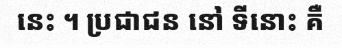
នេះ ។ ប្រជាជន នៅ ទីនោះ គឺ